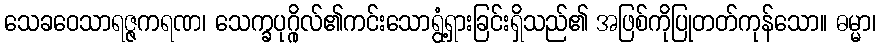
သေခဝေသာရဇ္ဇကရဏ၊ သေက္ခပုဂ္ဂိုလ်၏ကင်းသောရွံ့ရှားခြင်းရှိသည်၏ အဖြစ်ကိုပြုတတ်ကုန်သော။ ဓမ္မာ၊